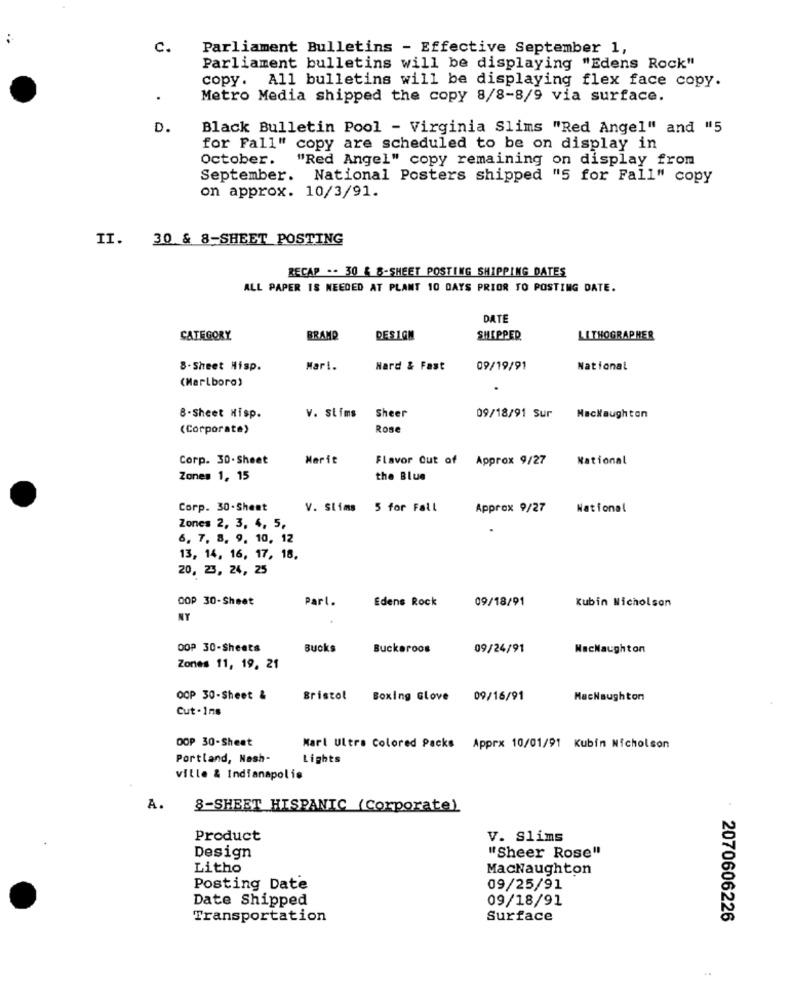
c.
Parliament Bulletins - Effective September 1,
Parliament bulletins will be displaying "Edens Rock"
copy. All bulletins will be displaying flex face copy.
Metro Media shipped the copy 8/8-8/9 via surface.
D.
Black Bulletin Pool - Virginia Slims "Red Angel" and "5
for Fall" copy are scheduled to be on display in
October.
"Red Angel" copy remaining on display from
September. National Posters shipped "5 for Fall" copy
on approx. 10/3/91.
II. 30 & 8-SHEET POSTING
RECAP .- 30 & 8-SHEET POSTING SHIPPING DATES
ALL PAPER IS NEEDED AT PLANT 10 DAYS PRIOR TO POSTING DATE.
DATE
CATEGORY
BRAND
DESIGN
SHEPPER
LITHOGRAPHER
8-Sheet Hisp.
Mar !.
Hard & Fast
09/19/91
National
(Marlboro)
8-Sheet Hisp.
v. stíms
Sheer
09/18/91 Sur
Mackaughton
(Corporate)
Rose
Corp. 30-Sheet
Merit
Flavor Out of Approx 9/27
National
Zones 1, 15
the Blue
Corp. 30-Shemt
V. Slims
5 for Fall
Approx 9/27
National
Zones 2, 3, 4, 5,
6, 7, 8, 9, 10, 12
13, 14, 16, 17, 18.
20, 23, 24, 25
OOP 30-Sheet
Part.
Edens Rock
09/18/91
Kubin Nicholson
NY
DOP 30-Sheets
Bucks
Buckaroos
09/24/91
MacNaughton
Zones 11, 19, 21
OOP 30-Sheet &
Bristol Boxing Glove 09/16/91
MacNaughton
Cut -1ns
OOP 30-Sheet
Karl Ultra Colored Packs Apprx 10/01/91 Kubin Nicholson
Portland, Nash-
Lights
ville & Indianapolis
A.
8-SHEET HISPANIC (Corporate)
Product
v. Slims
Design
"Sheer Rose"
Litho
MacNaughton
Posting Date
09/25/91
Date Shipped
09/18/91
Transportation
Surface
2070606226